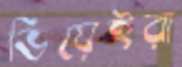
ভিয়েইরা